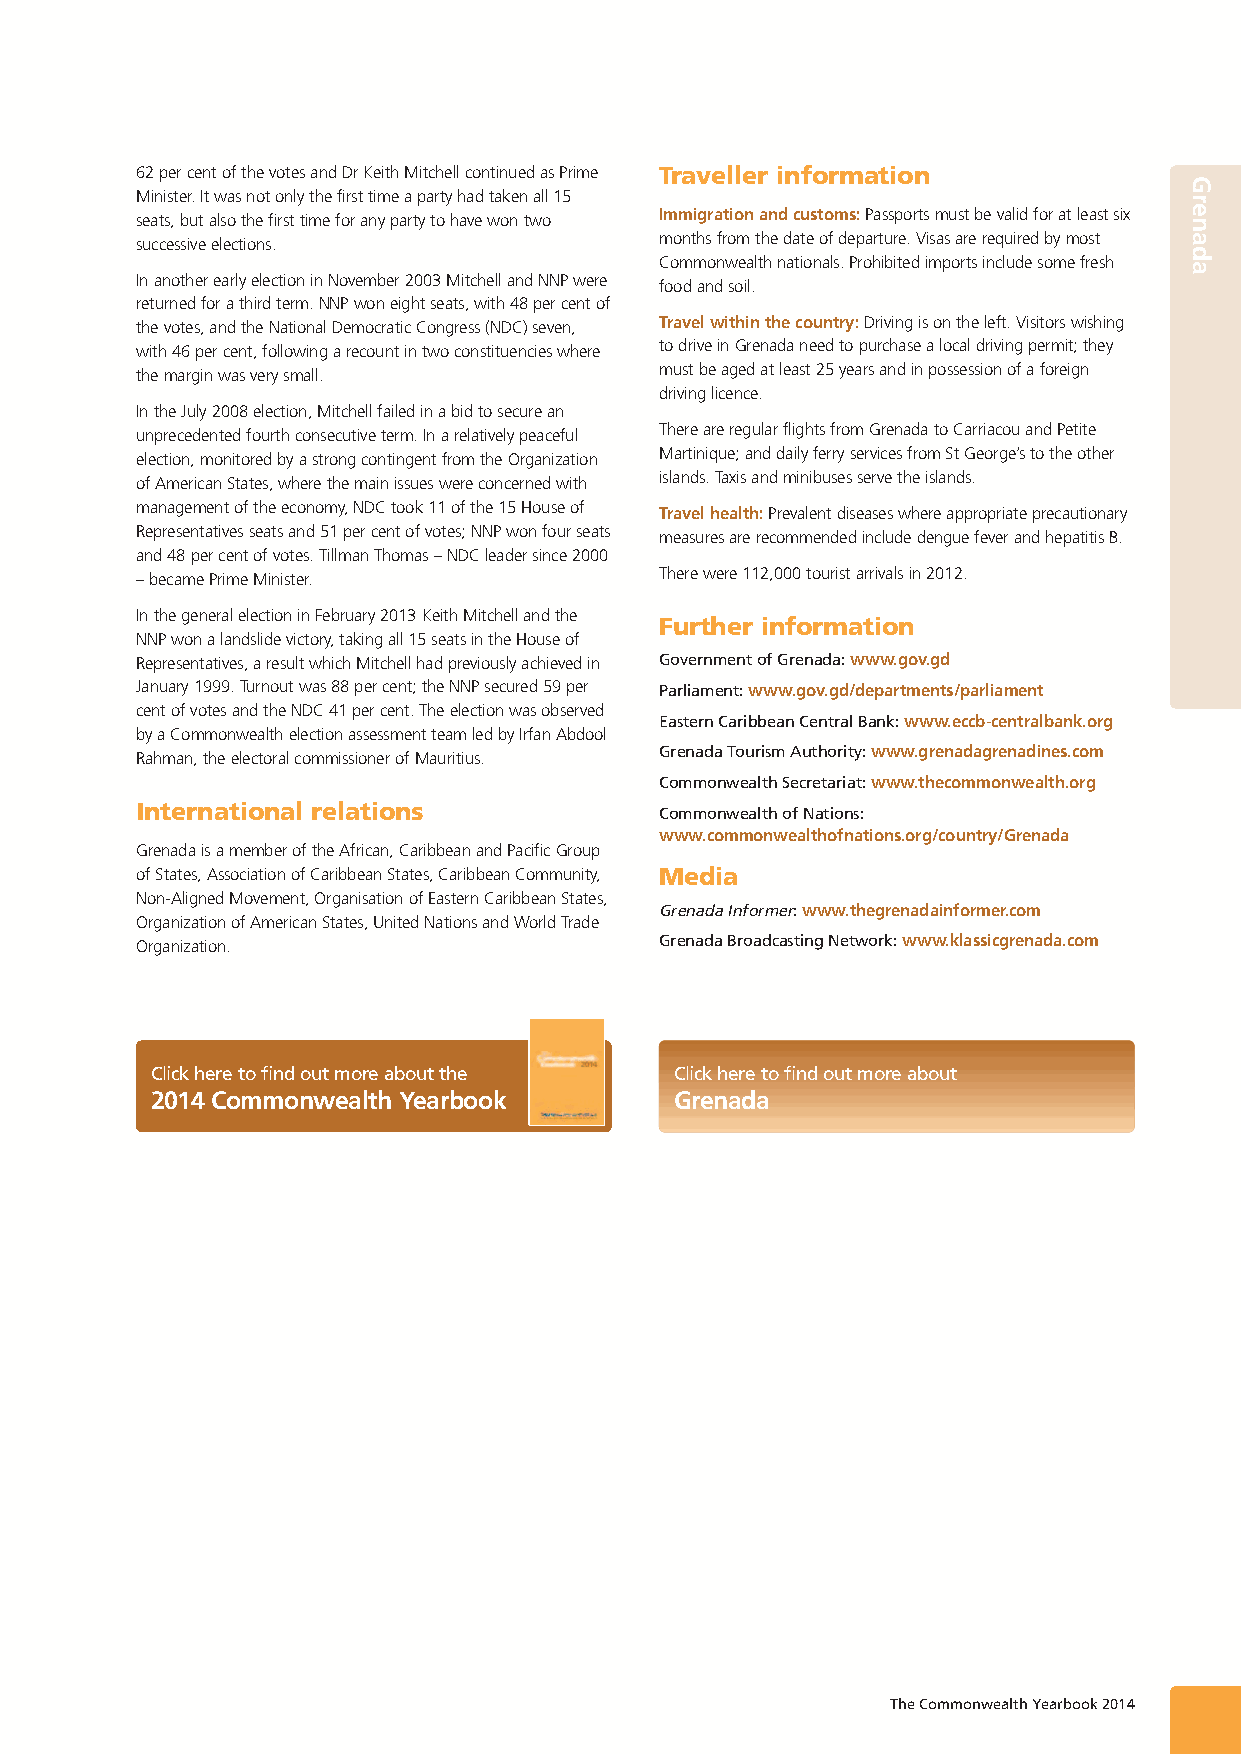
62 per cent of the votes and Dr Keith Mitchell continued as Prime Traveller information
 Minister. It was not only the first time a party had taken all 15
 seats, but also the first time for any party to have won two Immigration and customs: Passports must be valid for at least six
 successive elections.              months from the date of departure. Visas are required by most
 Commonwealth nationals. Prohibited imports include some fresh
 In another early election in November 2003 Mitchell and NNP were
 food and soil.
 returned for a third term. NNP won eight seats, with 48 per cent of
 the votes, and the National Democratic Congress (NDC) seven, Travel within the country: Driving is on the left. Visitors wishing
 with 46 per cent, following a recount in two constituencies where to drive in Grenada need to purchase a local driving permit; they
 the margin was very small.         must be aged at least 25 years and in possession of a foreign
 driving licence.
 In the July 2008 election, Mitchell failed in a bid to secure an
 unprecedented fourth consecutive term. In a relatively peaceful There are regular flights from Grenada to Carriacou and Petite
 election, monitored by a strong contingent from the Organization Martinique; and daily ferry services from St George’s to the other
 of American States, where the main issues were concerned with islands. Taxis and minibuses serve the islands.
 management of the economy, NDC took 11 of the 15 House of Travel health: Prevalent diseases where appropriate precautionary
 Representatives seats and 51 per cent of votes; NNP won four seats measures are recommended include dengue fever and hepatitis B.
 and 48 per cent of votes. Tillman Thomas – NDC leader since 2000
 – became Prime Minister.           There were 112,000 tourist arrivals in 2012.
 In the general election in February 2013 Keith Mitchell and the
 Further information
 NNP won a landslide victory, taking all 15 seats in the House of
 Representatives, a result which Mitchell had previously achieved in Government of Grenada: www.gov.gd
 January 1999. Turnout was 88 per cent; the NNP secured 59 per Parliament: www.gov.gd/departments/parliament
 cent of votes and the NDC 41 per cent. The election was observed
 Eastern Caribbean Central Bank: www.eccb-centralbank.org
 by a Commonwealth election assessment team led by Irfan Abdool
 Grenada Tourism Authority: www.grenadagrenadines.com
 Rahman, the electoral commissioner of Mauritius.
 Commonwealth Secretariat: www.thecommonwealth.org
 International relations            Commonwealth of Nations:
 www.commonwealthofnations.org/country/Grenada
 Grenada is a member of the African, Caribbean and Pacific Group
 of States, Association of Caribbean States, Caribbean Community, Media
 Non-Aligned Movement, Organisation of Eastern Caribbean States,
 Grenada Informer: www.thegrenadainformer.com
 Organization of American States, United Nations and World Trade
 Organization.                      Grenada Broadcasting Network: www.klassicgrenada.com
 Click here to find out more about the Click here to find out more about
 2014 Commonwealth Yearbook         Grenada
 The Commonwealth Yearbook 2014
 Grenada